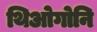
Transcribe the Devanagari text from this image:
थिओगोनि